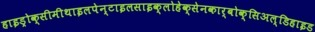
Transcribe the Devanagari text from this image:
हाइड्रोक्सीमीथाइलपेन्टाइलसाइक्लोहेक्सेनकार्बोक्सिअल्डिहाइड